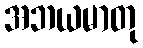
အဘယမာတု